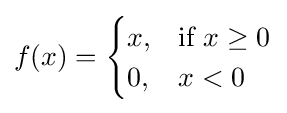
f(x)={\begin{cases}x,&{\text{if }}x\geq 0\\0,&x<0\end{cases}}